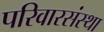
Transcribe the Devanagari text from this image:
परिवारसंस्था